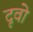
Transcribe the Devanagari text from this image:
दृवो